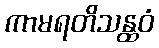
ကာမရတိသန္ထဝံ